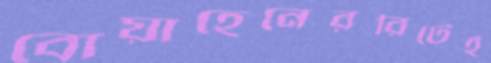
বোয়াহেনেররিটেই